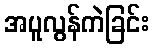
အပူလွန်ကဲခြင်း